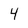
Character: 4